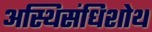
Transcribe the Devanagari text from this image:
अस्थिसंधिशोथ